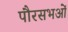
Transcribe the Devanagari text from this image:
पौरसभओं